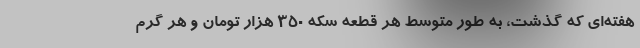
هفته‌ای که گذشت، به طور متوسط هر قطعه سکه ۳۵۰ هزار تومان و هر گرم